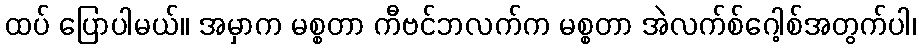
ထပ် ပြောပါမယ်။ အမှာက မစ္စတာ ကီဗင်ဘလက်က မစ္စတာ အဲလက်စ်ဂေါ့စ်အတွက်ပါ၊